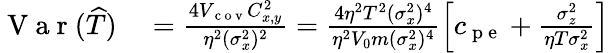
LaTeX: \begin{array}{rl}{\mathrm{~V~a~r~}(\widehat{T})}&{{}=\frac{4V_{\mathrm{~c~o~v~}}C_{x,y}^{2}}{\eta^{2}(\sigma_{x}^{2})^{2}}=\frac{4\eta^{2}T^{2}(\sigma_{x}^{2})^{4}}{\eta^{2}V_{0}m(\sigma_{x}^{2})^{4}}\left[c_{\mathrm{~p~e~}}+\frac{\sigma_{z}^{2}}{\eta T\sigma_{x}^{2}}\right]}\end{array}